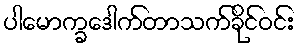
ပါမောက္ခဒေါက်တာသက်ခိုင်ဝင်း